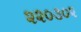
૨૨૦૩૦૨